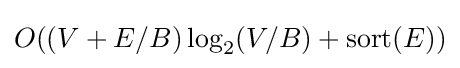
O((V+E/B)\log _{2}(V/B)+\operatorname {sort} (E))